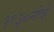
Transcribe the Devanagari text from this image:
१९३०नोव्हें